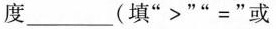
度___(填：“ >”=”或